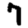
Digit: 7